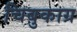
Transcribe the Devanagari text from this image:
चिबुकाग्र